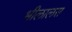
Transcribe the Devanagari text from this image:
भीलालस